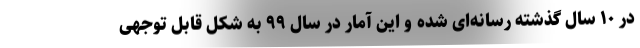
در ۱۰ سال گذشته رسانه‌ای شده و این آمار در سال ۹۹ به شکل قابل توجهی